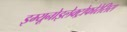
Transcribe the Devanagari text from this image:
इम्यूनोइलेक्ट्रोफोरेसिस